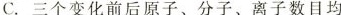
C.三个变化前后原子、分子、离子数目均